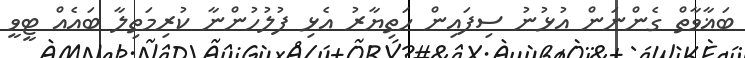
ބަޣާވާތް ގެންނަން އުޅުނު ސިފައިން ހަތިޔާރު އެޅި ފުލުހުންނާ ކުރިމަތިލާ ބައެއް ޓީވީ